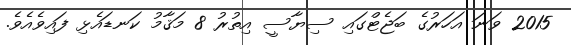
2015 ވަނަ އަހަރުގެ ބަޖެޓްގައި ސިޔާސީ އިތުރު 8 މަޤާމު ކަނޑައެޅި ފައިވެއެވެ.